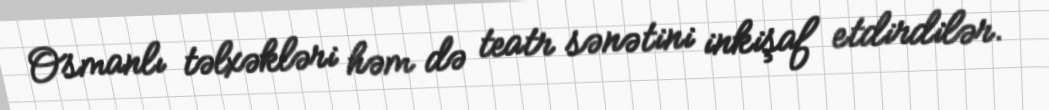
Osmanlı təlxəkləri həm də teatr sənətini inkişaf etdirdilər.